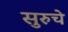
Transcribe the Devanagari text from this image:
सुरुचे